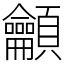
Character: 龥